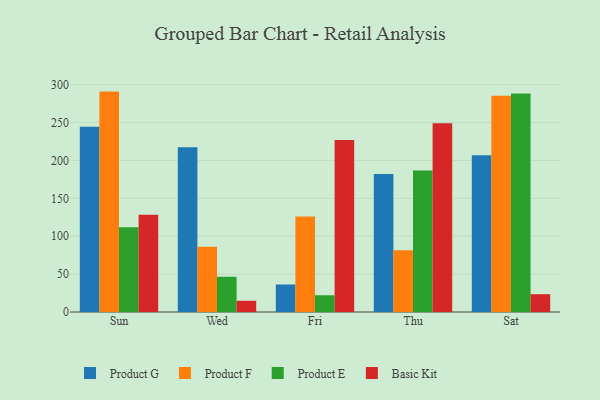
{"axis": {"x": "Day", "y": "Conversion Rate (%)"}, "legend": ["Basic Kit", "Product E", "Product F", "Product G"], "data": [{"x": "Sun", "y": 244.6, "type": "Product G"}, {"x": "Sun", "y": 290.9, "type": "Product F"}, {"x": "Sun", "y": 112.0, "type": "Product E"}, {"x": "Sun", "y": 128.2, "type": "Basic Kit"}, {"x": "Wed", "y": 217.3, "type": "Product G"}, {"x": "Wed", "y": 86.2, "type": "Product F"}, {"x": "Wed", "y": 46.5, "type": "Product E"}, {"x": "Wed", "y": 14.8, "type": "Basic Kit"}, {"x": "Fri", "y": 36.3, "type": "Product G"}, {"x": "Fri", "y": 126.2, "type": "Product F"}, {"x": "Fri", "y": 22.1, "type": "Product E"}, {"x": "Fri", "y": 227.1, "type": "Basic Kit"}, {"x": "Thu", "y": 182.1, "type": "Product G"}, {"x": "Thu", "y": 81.6, "type": "Product F"}, {"x": "Thu", "y": 186.6, "type": "Product E"}, {"x": "Thu", "y": 249.2, "type": "Basic Kit"}, {"x": "Sat", "y": 206.8, "type": "Product G"}, {"x": "Sat", "y": 285.4, "type": "Product F"}, {"x": "Sat", "y": 288.4, "type": "Product E"}, {"x": "Sat", "y": 23.5, "type": "Basic Kit"}]}